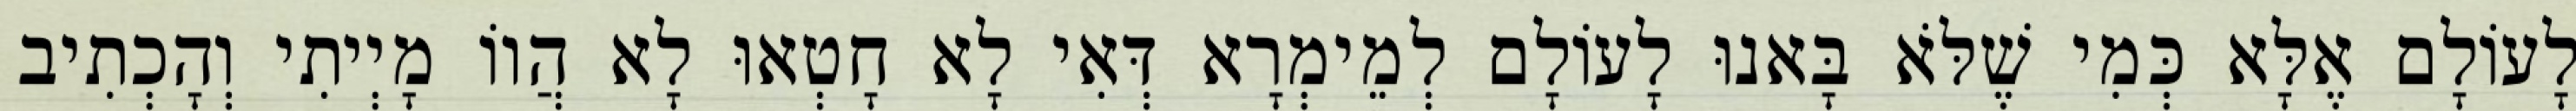
לָעוֹלָם אֶלָּא כְּמִי שֶׁלֹּא בָּאנוּ לָעוֹלָם לְמֵימְרָא דְּאִי לָא חָטְאוּ לָא הֲווֹ מָיְיתִי וְהָכְתִיב